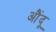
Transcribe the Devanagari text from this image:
औंदू